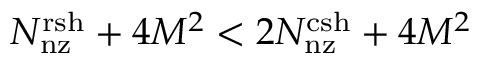
N _ { \mathrm { n z } } ^ { \mathrm { r s h } } + 4 M ^ { 2 } < 2 N _ { \mathrm { n z } } ^ { \mathrm { c s h } } + 4 M ^ { 2 }